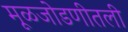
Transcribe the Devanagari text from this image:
मूळजोडणीतली